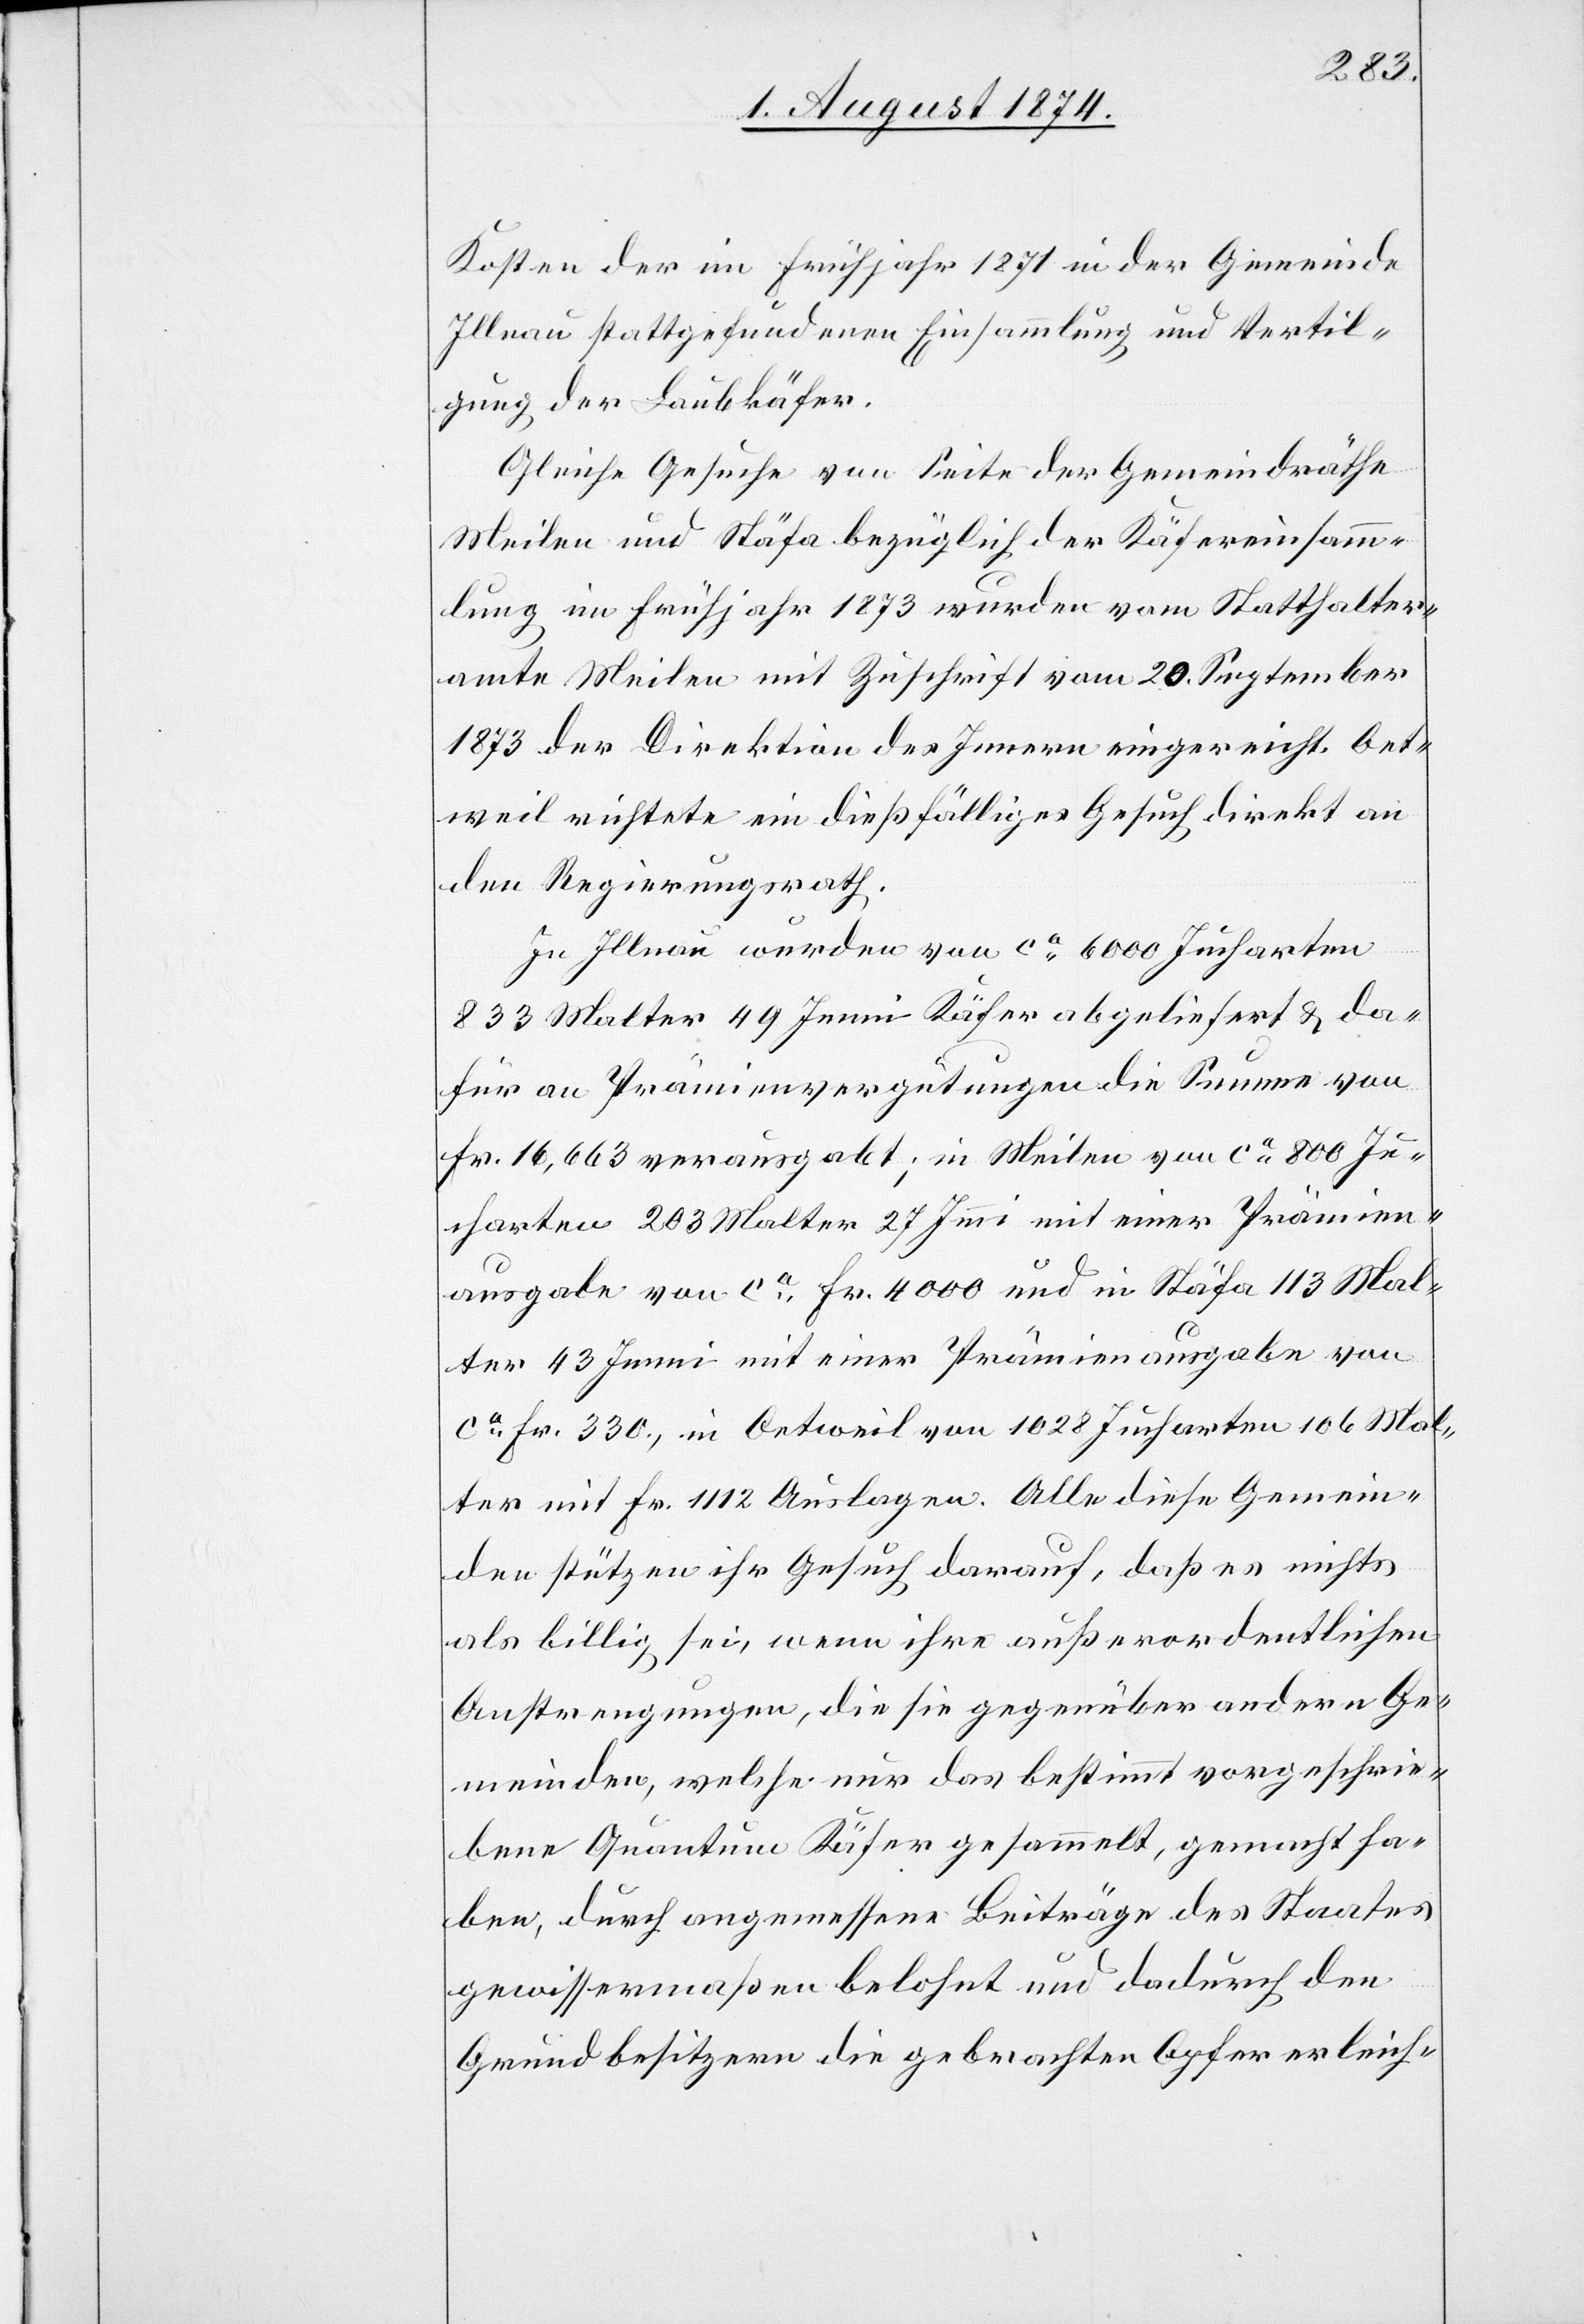
Kosten der im Frühjahr 1871 in der Gemeinde
Illnau stattgefundenen Einsammlung und Vertil¬
gung der Laubkäfer.
Gleiche Gesuche von Seite der Gemeindräthe
Meilen und Stäfa bezüglich der Käfereinsamm¬
lung im Frühjahr 1873 wurden vom Statthalter¬
amte Meilen mit Zuschrift vom 20. September
1873 der Direktion des Innern eingereicht. Oet¬
weil richtete ein dießfälliges Gesuch direkt an
den Regierungsrath.
In Illnau wurden von ca 6000 Jucharten
833 Malter 49 Jenni Käfer abgeliefert u. da¬
für an Prämienvergütungen die Summe von
Fr. 16,663 verausgabt; in Meilen von ca 800 Ju¬
charten 203 Malter 27 J[e]nni mit einer Prämien¬
ausgabe von ca Fr. 4000 und in Stäfa 113 Mal¬
ter 43 Jenni mit einer Prämienausgabe von
ca Fr. 330, in Oetweil von 1028 Jucharten 106 Mal¬
ter mit Fr. 1112 Auslagen. Alle diese Gemein¬
den stützen ihr Gesuch darauf, daß es nichts
als billig sei, wenn ihre außerordentlichen
Anstrengungen, die sie gegenüber andern Ge¬
meinden, welche nur das bestimmt vorgeschrie¬
bene Quantum Käfer gesammelt, gemacht ha¬
ben, durch angemessene Beiträge des Staates
gewissermaßen belohnt und dadurch den
Grundbesitzern die gebrachten Opfer erleich-